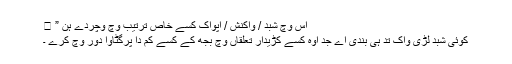
اس وچ شبد / واکنش / اپواک کسے خاص ترتیب وچ وچردے ہن ” ।
کوئی شبد لڑی واک تد ہی بندی اے جد اوہ کسے کڑیدار تعلقاں وچ بجھّ کے کسے کم دا پرگٹاوا دور وچ کرے ۔